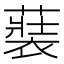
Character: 𮖢